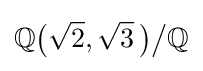
\mathbb {Q} {\bigl (}{\sqrt {2}},{\sqrt {3}}~\!{\bigr )}{\big /}\mathbb {Q}